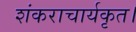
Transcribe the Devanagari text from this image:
शंकराचार्यकृत।